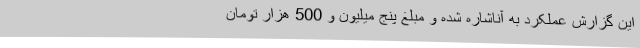
این گزارش عملکرد به آناشاره شده و مبلغ پنج میلیون و 500 هزار تومان